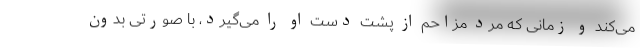
می‌کند و زمانی که مرد مزاحم از پشت دست او را می‌گیرد، با صورتی بدون